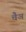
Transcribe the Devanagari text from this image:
चैञ